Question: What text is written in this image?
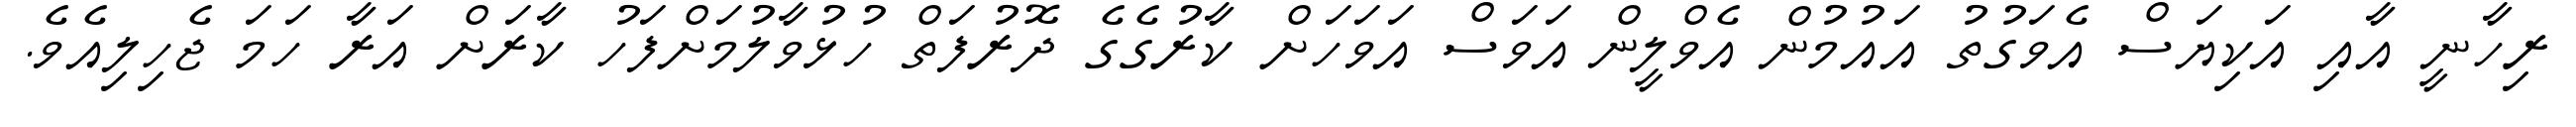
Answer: ރިހާނީ އާއި އަކިޔަސް އެވަގުތު އައުމުން އެވްލީން އަވަސް އަވަހަށް ކާރުގެގެ ދޮރުފަތް ހުޅުވާލުމަށްފަހު ކާރަށް އަރާ ހަމަ ޖެހިލިއެވެ.